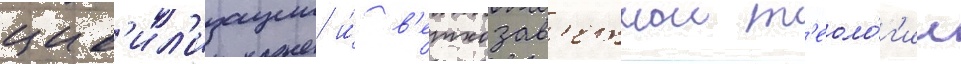
цив'ил'изации и́ в'етхозав'етнои т'еоло́г'ии